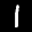
Label: 1